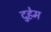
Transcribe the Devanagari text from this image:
दुहेम